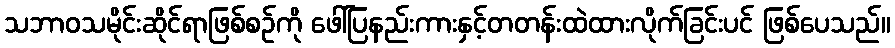
သဘာဝသမိုင်းဆိုင်ရာဖြစ်စဉ်ကို ဖေါ်ပြနည်းကားနှင့်တတန်းထဲထားလိုက်ခြင်းပင် ဖြစ်ပေသည်။